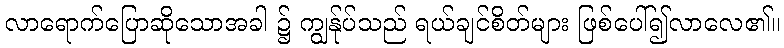
လာရောက်ပြောဆိုသောအခါ ၌ ကျွန်ုပ်သည် ရယ်ချင်စိတ်များ ဖြစ်ပေါ်၍လာလေ၏။